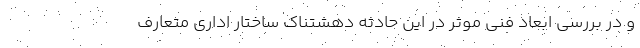
و در بررسی ابعاد فنی موثر در این حادثه دهشتناک ساختار اداری متعارف